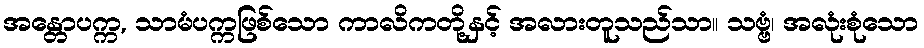
အန္တောပက္က, သာမံပက္ကဖြစ်သော ကာလိကတို့နှင့် အလားတူသည်သာ။ သဗ္ဗံ၊ အလုံးစုံသော